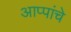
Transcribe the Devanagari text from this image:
आप्पांचे